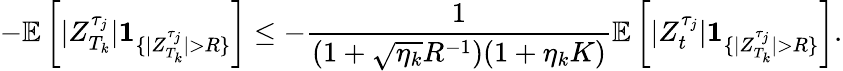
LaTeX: -\mathbb{E}\left[|Z_{T_{k}}^{\tau_{j}}|\textbf{1}_{\{ |Z_{T_{k}}^{\tau_{j}}|>R\} }\right]\leq-\frac{1}{(1+\sqrt{\eta_{k}}R^{-1})(1+\eta_{k}K)}\mathbb{E}\left[|Z_{t}^{\tau_{j}}|\textbf{1}_{\{ |Z_{T_{k}}^{\tau_{j}}|>R\} }\right].